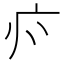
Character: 𭙑